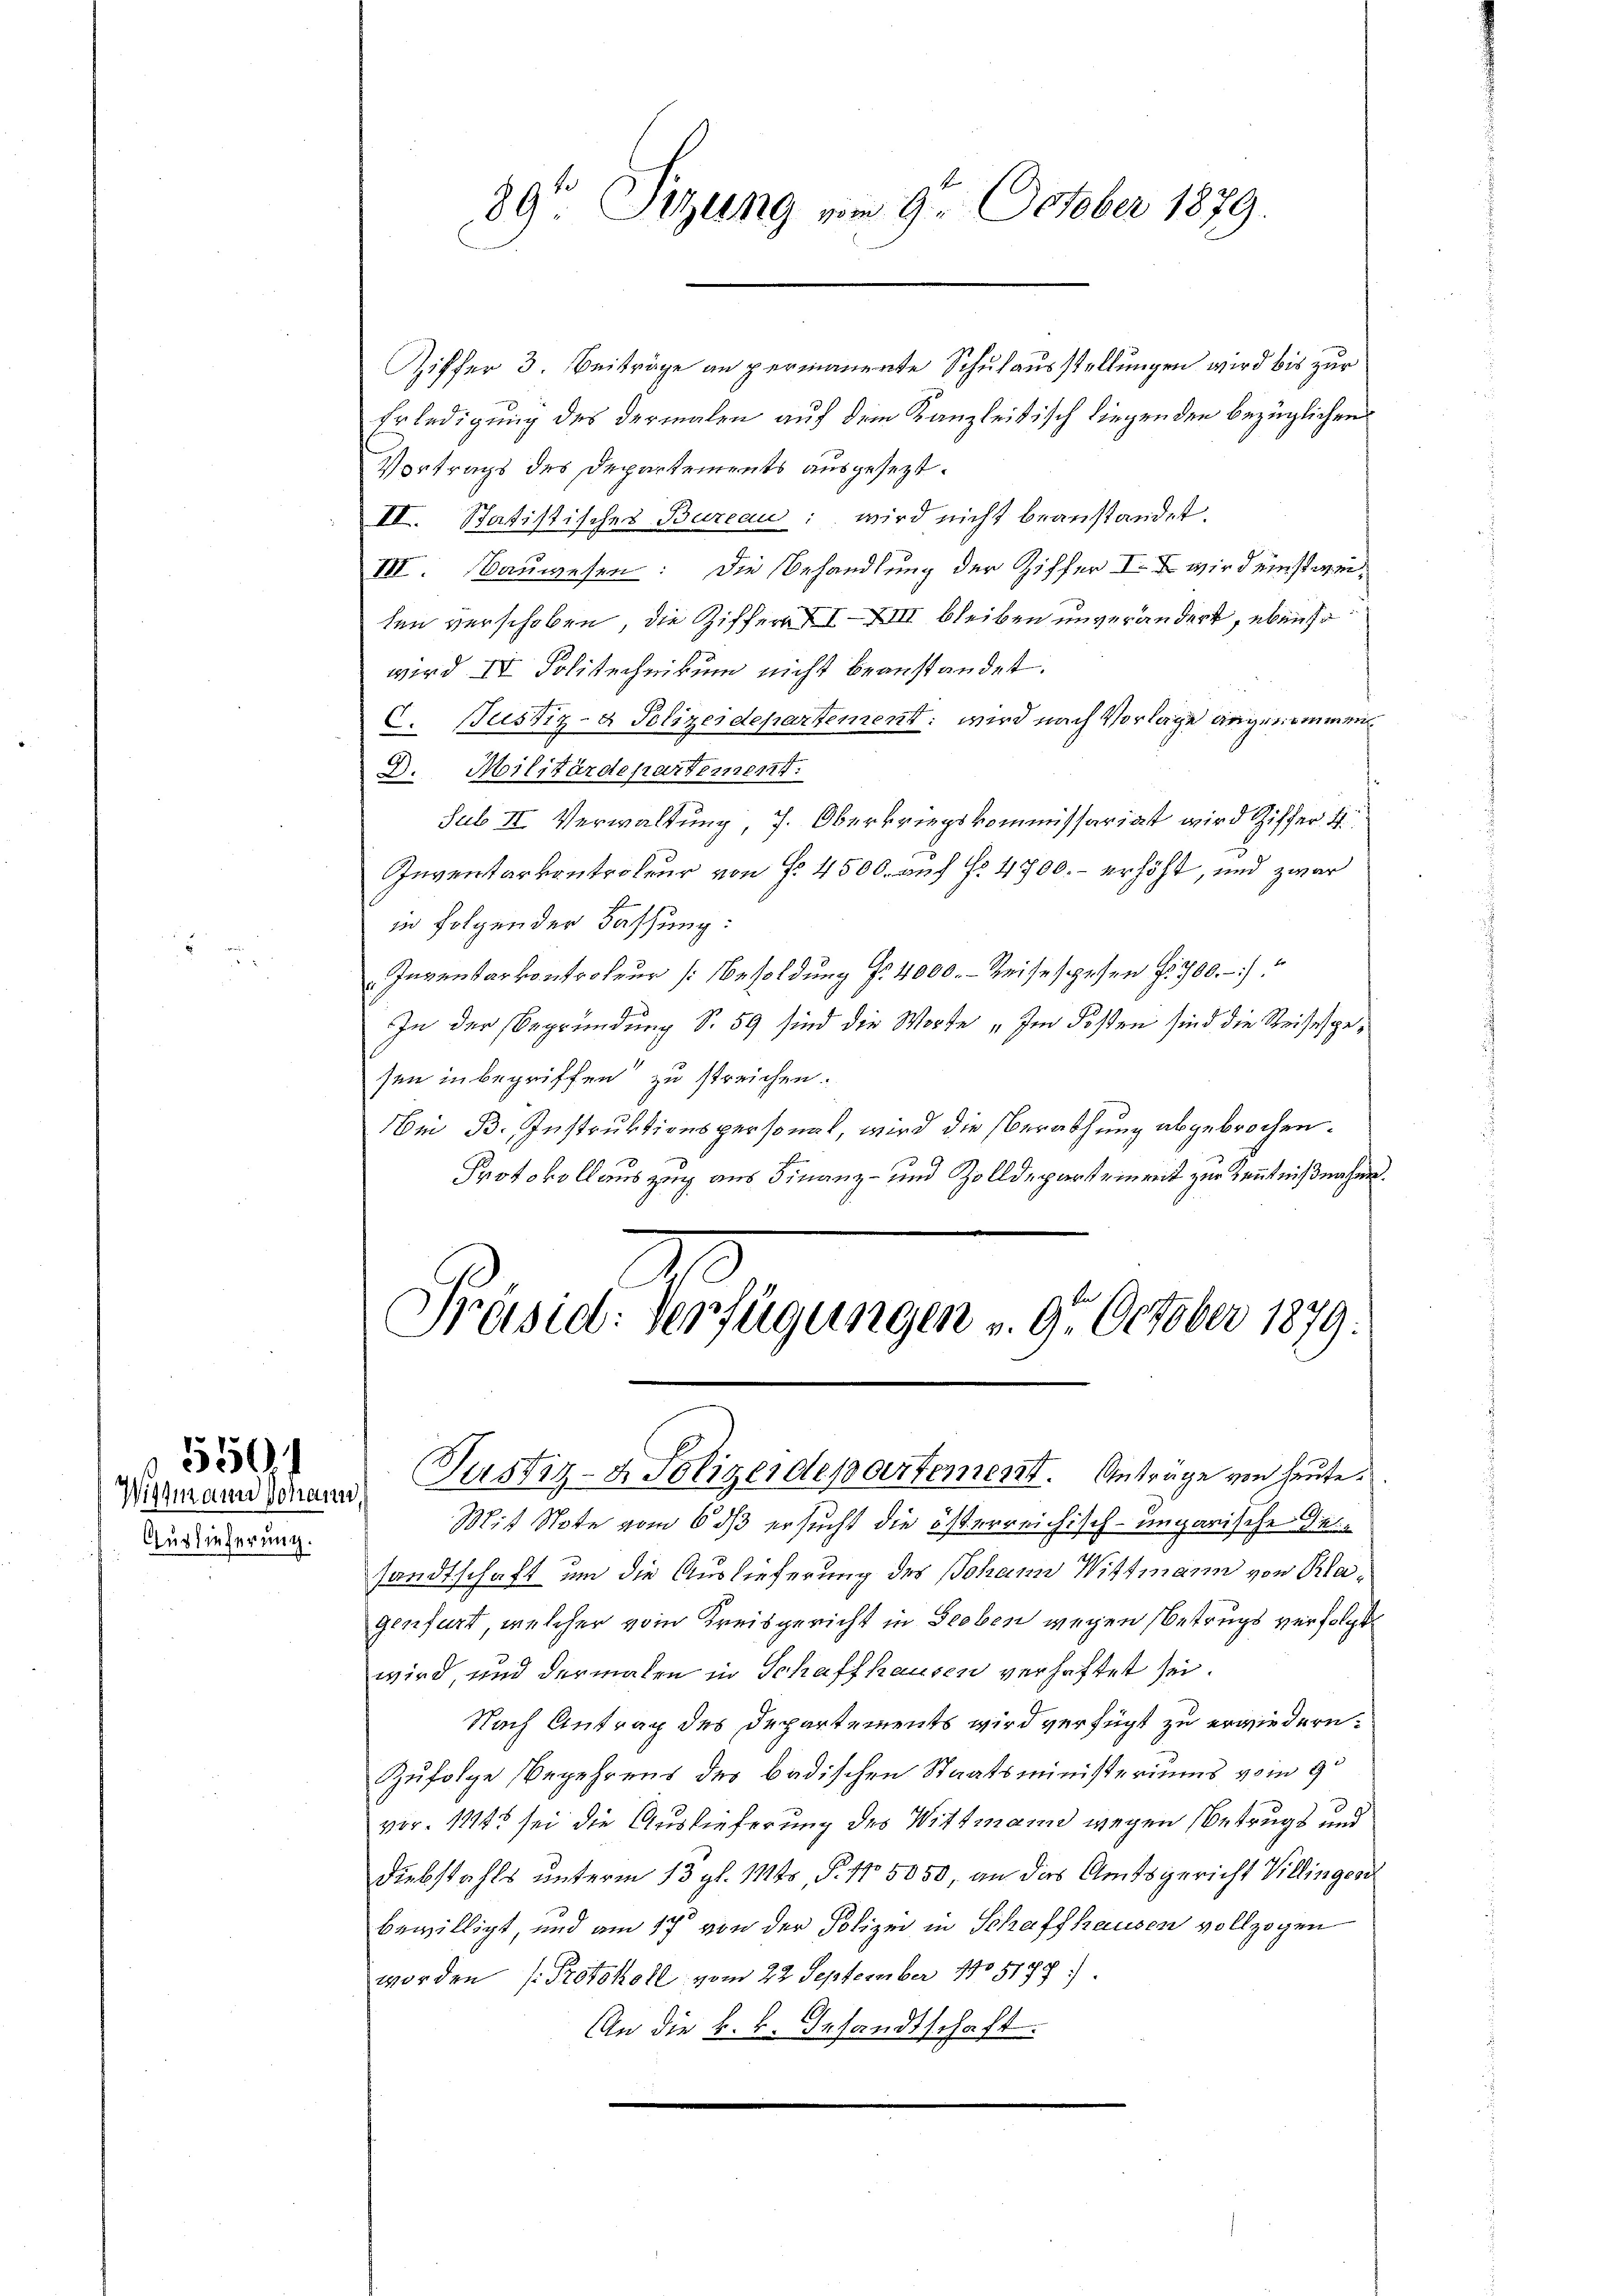
Wismann Johan
Auslieferung.

550)

89 Sitzung vom 9. October 1879.

Ziffer 3. Beiträge an permanente Schulausstellungen wird bis zur
Erledigung des dermalen auf dem Kanzleitisch liegenden bezüglichen
Vortrags des Departements ausgesezt.
II. Statistisches Bureau: wird nicht beanstandet.
III. Bauwesen: Die Behandlung der Ziffer I. u. wird einstigen
ten verschoben, die Ziffer XIXIII bleiben unverändert, ebenso
wird IV. Politechnikum nicht beanstandet.
C. Bustiz- & Polizeidepartement: wird nach Vorlage angenommen,
D. Militärdepartement.
sub II. Verwaltung, s. Oberkriegskommissariat wird Ziffer 4
Inventarkontroleur von Nr. 4500. auf No 4700.- erhöht, und zwar
in folgen der Fassung:
Inventarvontroleur (: Besoldung Nr. 4000. - Reise spesen fr. 700.
In der Begründung S. 59 sind die Worte „Im Kosten sind die Reises gesen in begriffen zu streichen.
e B. Instruktionspersonat, wird die Berathung abgebrochen.
Protokollauszug aus Finanz- und Zolldepartement zur Kenntnißnahen.

Präsid: Verfügungen v. 9. October 1879.
Justiz- & Polizeidepartement. Anträge von heute.

Mit Note vom 6 dß ersucht die österreichisch-ungarische Desandtschaft um die Auslieferung des Johann Wittmann von Klagenfurt, welcher vom Kreisgericht in Gieben wegen Betrugs verfolgt.
wird, und dermalen in Schaffhausen verhaftet sei.
Nach Antrag des Departements wird verfügt zu erwiedern.
Zufolge Begehrens der badischen Staatsministeriums vom 9t
vor. 1182 sei die Auslieferung des Wittmann wegen Betrugs und
Diebstahls unterm 13. gl. Mts, P. Nr. 5050, an das Amtsgericht Villingend
bewilligt, und am 17 von der Polizei in Schaffhausen vollzogen
worden Protokoll vom 22. September 1805198:
An die k. k. Gesandtschaft.